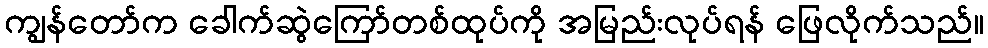
ကျွန်တော်က ခေါက်ဆွဲကြော်တစ်ထုပ်ကို အမြည်းလုပ်ရန် ဖြေလိုက်သည်။